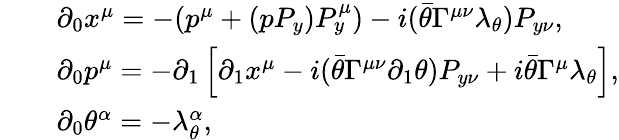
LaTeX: \begin{array}{l}{{\qquad\partial_{0}x^{\mu}=-(p^{\mu}+(pP_{y})P_{y}^{\mu})-i(\bar{\theta}\Gamma^{\mu\nu}\lambda_{\theta})P_{y\nu},}}\\ {{\qquad\partial_{0}p^{\mu}=-\partial_{1}\left[\partial_{1}x^{\mu}-i(\bar{\theta}\Gamma^{\mu\nu}\partial_{1}\theta)P_{y\nu}+i\bar{\theta}\Gamma^{\mu}\lambda_{\theta}\right],}}\\ {{\qquad\partial_{0}\theta^{\alpha}=-\lambda_{\theta}^{\alpha},}}\end{array}